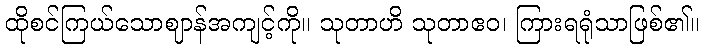
ထိုစင်ကြယ်သောဈာန်အကျင့်ကို။ သုတာဟိ သုတာဧဝ၊ ကြားရရုံသာဖြစ်၏။